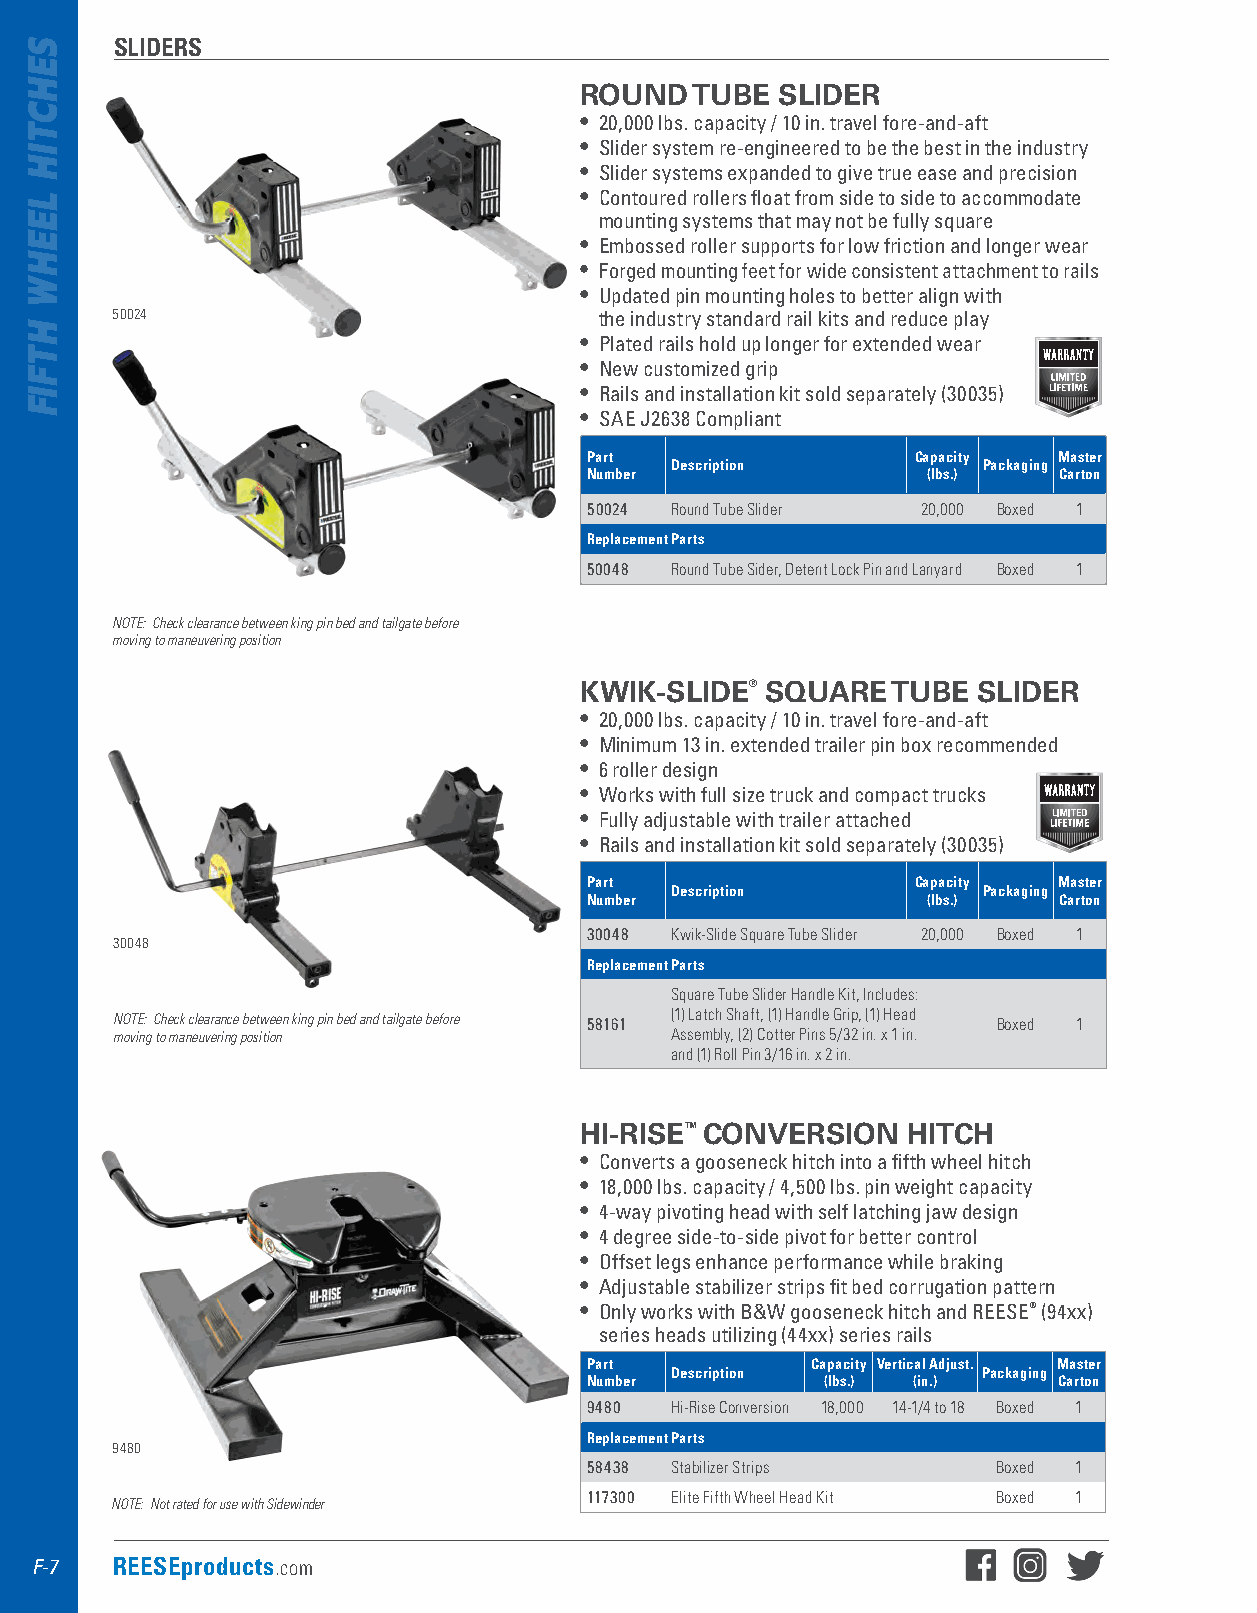
SLIDERS
 ROUND   TUBE SLIDER
 • 20,000 lbs . capacity / 10 in . travel fore-and-aft
 • Slider system re-engineered to be the best in the industry
 • Slider systems expanded to give true ease and precision
 • Contoured rollers float from side to side to accommodate
 mounting systems that may not be fully square
 • Embossed roller supports for low friction and longer wear
 • Forged mounting feet for wide consistent attachment to rails
 • Updated pin mounting holes to better align with
 50024                            the industry standard rail kits and reduce play
 • Plated rails hold up longer for extended wear
 • New customized grip
 • Rails and installation kit sold separately (30035)
 • SAE J2638 Compliant
 Part                  Capacity Master
 Description          Packaging
 Number                (lbs.)   Carton
 50024 Round Tube Slider 20,000 Boxed 1
 Replacement Parts
 50048 Round Tube Sider, Detent Lock Pin and Lanyard Boxed 1
 NOTE: Check clearance between king pin bed and tailgate before
 moving to maneuvering position
 KWIK-SLIDE®  SQUARE  TUBE  SLIDER
 • 20,000 lbs . capacity / 10 in . travel fore-and-aft
 • Minimum 13 in . extended trailer pin box recommended
 • 6 roller design
 • Works with full size truck and compact trucks
 • Fully adjustable with trailer attached
 • Rails and installation kit sold separately (30035)
 Part                  Capacity Master
 Description          Packaging
 Number                (lbs.)   Carton
 30048 Kwik-Slide Square Tube Slider 20,000 Boxed 1
 30048
 Replacement Parts
 Square Tube Slider Handle Kit, Includes:
 (1) Latch Shaft, (1) Handle Grip, (1) Head
 NOTE: Check clearance between king pin bed and tailgate before 58161 Boxed 1
 moving to maneuvering position       Assembly, (2) Cotter Pins 5/32 in. x 1 in.
 and (1) Roll Pin 3/16 in. x 2 in.
 HI-RISE™ CONVERSION   HITCH
 • Converts a gooseneck hitch into a fifth wheel hitch
 • 18,000 lbs . capacity / 4,500 lbs . pin weight capacity
 • 4-way pivoting head with self latching jaw design
 • 4 degree side-to-side pivot for better control
 • Offset legs enhance performance while braking
 • Adjustable stabilizer strips fit bed corrugation pattern
 • Only works with B&W gooseneck hitch and REESE® (94xx)
 series heads utilizing (44xx) series rails
 Part           Capacity Vertical Adjust. Master
 Description          Packaging
 Number         (lbs.) (in.)    Carton
 9480 Hi-Rise Conversion 18,000 14-1/4 to 18 Boxed 1
 Replacement Parts
 9480
 58438 Stabilizer Strips    Boxed 1
 117300 Elite Fifth Wheel Head Kit Boxed 1
 NOTE: Not rated for use with Sidewinder
 F-7  REESEproducts.com
 SEHCTIH
 LEEHW
 HTFIF